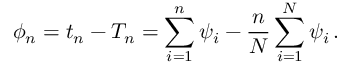
\phi _ { n } = t _ { n } - T _ { n } = \sum _ { i = 1 } ^ { n } \psi _ { i } - { \frac { n } { N } } \sum _ { i = 1 } ^ { N } \psi _ { i } \, .